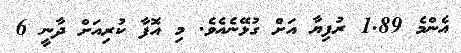
އެންމެ 1.89 ރުފިޔާ އަށް ގުޅޭނެއެވެ. މި އޮފާ ކުރިއަށް ދާނީ 6